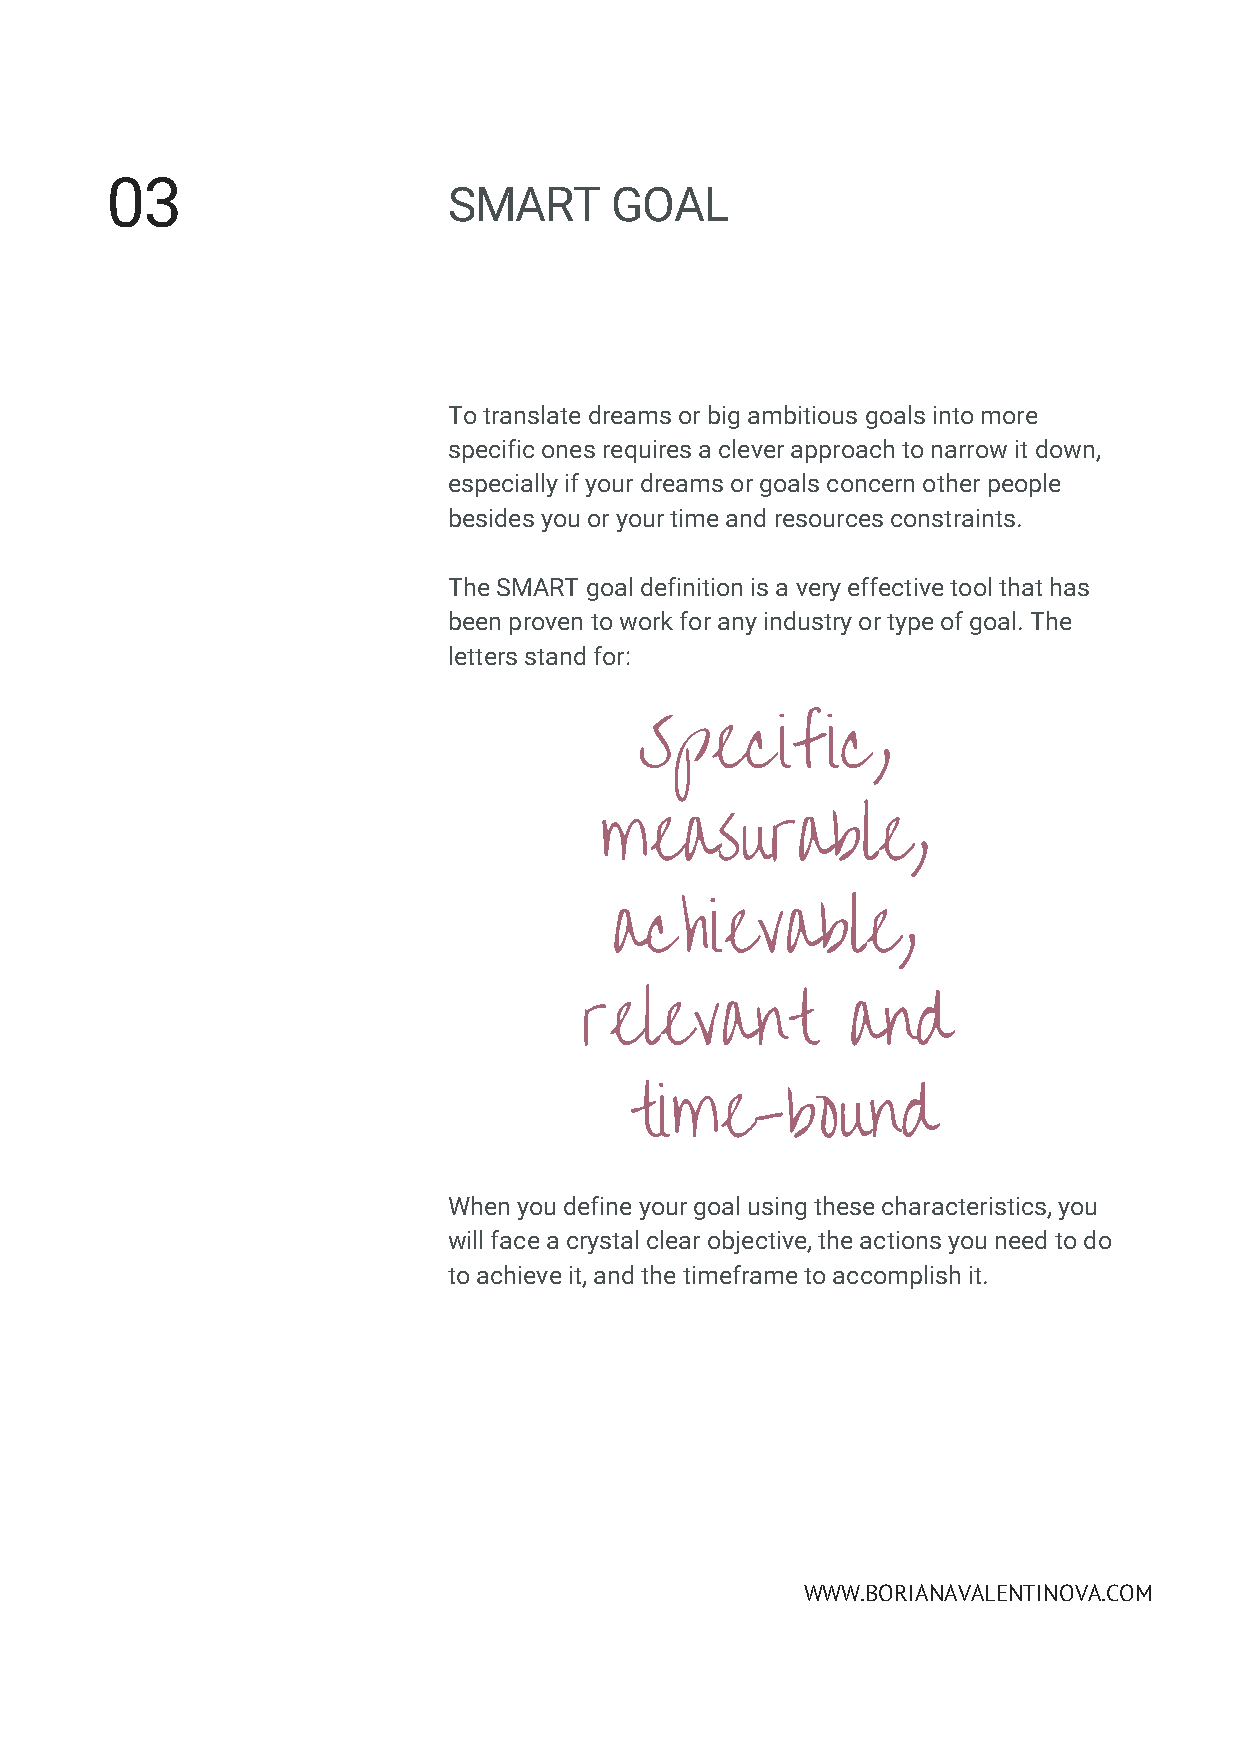
03
 SMART     GOAL
 To translate dreams or big ambitious goals into more
 specific ones requires a clever approach to narrow it down,
 especially if your dreams or goals concern other people
 besides you or your time and resources constraints.
 The SMART goal definition is a very effective tool that has
 been proven to work for any industry or type of goal. The
 letters stand for:
 Specific,
 measurable,
 achievable,
 relevant          and
 time-bound
 When you define your goal using these characteristics, you
 will face a crystal clear objective, the actions you need to do
 to achieve it, and the timeframe to accomplish it.
 WWW.BORIANAVALENTINOVA.COM